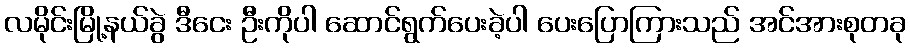
လမိုင်းမြို့နယ်ခွဲ ဒီငေး ဦးကိုပါ ဆောင်ရွက်ပေးခဲ့ပါ ပေးပြောကြားသည် အင်အားစုတခု